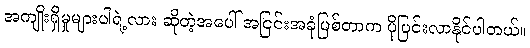
အကျိုးရှိမှုများပါရဲ့လား ဆိုတဲ့အပေါ် အငြင်းအခုံဖြစ်တာက ပိုပြင်းလာနိုင်ပါတယ်။